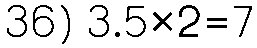
36) 3.5×2=7